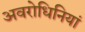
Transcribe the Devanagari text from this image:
अवरोधिनियां